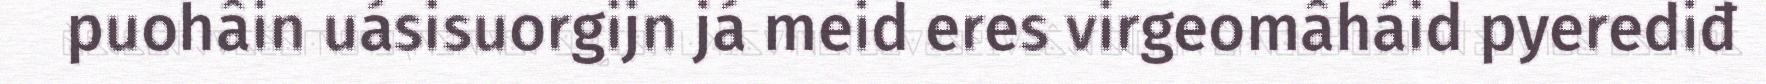
puohâin uásisuorgijn já meid eres virgeomâháid pyerediđ